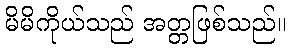
မိမိကိုယ်သည် အတ္တဖြစ်သည်။